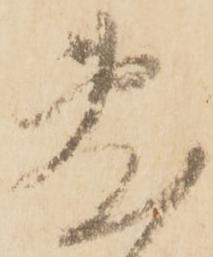
敷